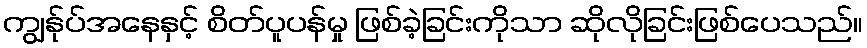
ကျွန်ုပ်အနေနှင့် စိတ်ပူပန်မှု ဖြစ်ခဲ့ခြင်းကိုသာ ဆိုလိုခြင်းဖြစ်ပေသည်။